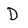
Character: D